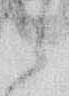
候